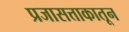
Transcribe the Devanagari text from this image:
प्रजासत्ताकातून